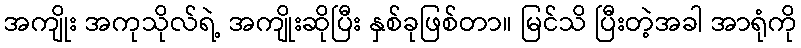
အကျိုး အကုသိုလ်ရဲ့ အကျိုးဆိုပြီး နှစ်ခုဖြစ်တာ။ မြင်သိ ပြီးတဲ့အခါ အာရုံကို